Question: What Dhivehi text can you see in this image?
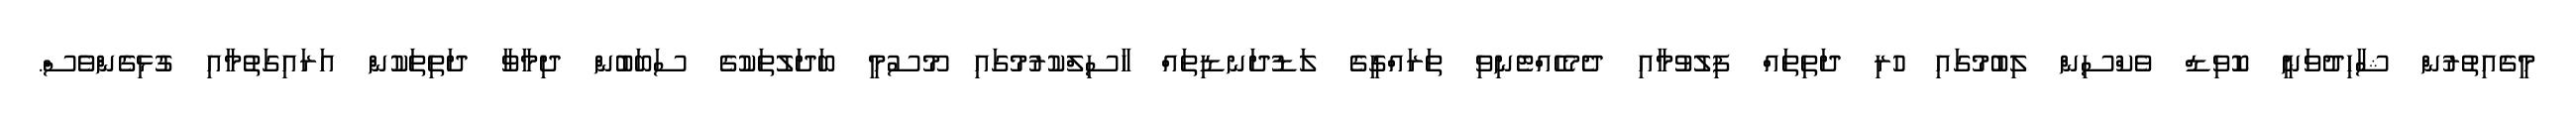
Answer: މީގެއިތުރުން ޝާހިދުވަނީ ކޮވިޑް ވެކްސިން ލިބުމުގައި ހުރި ދަތިތައް ފިލުވުމާއި ދެމެހެއްޓެނިވި ތަރައްގީގެ ލަޑުދަނޑިތައް ހާސިލްކުރުމުގައި މޫސުމީ ބަދަލުތަކުގެ ސަބަބުން ދިމާވާ ދަތިތަކުން އަރައިގަތުމާއި ގުޅިގެންވެސް.